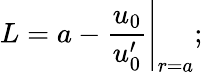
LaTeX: L=a-\left.\frac{u_{0}}{u_{0}^{\prime}}\right|_{r=a};